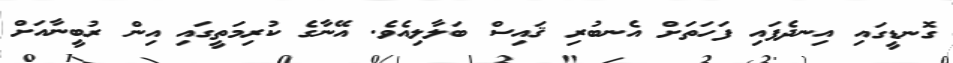
ގޮނޑީގައި އިނދެފައި ފަހަތަށް އެނބުރި ޤައިސް ބަލާލިއެވެ. އޭނާގެ ކުރިމަތީގައި އިން ރުބީނާއަށް